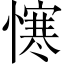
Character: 𢢈